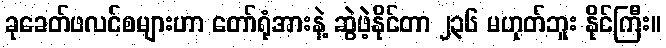
ခုခေတ်ဖလင်စများဟာ တော်ရုံအားနဲ့ ဆွဲဖဲ့နိုင်တာ ၂၃၆ မဟုတ်ဘူး နိုင်ကြီး။